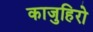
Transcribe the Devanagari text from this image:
काजुहिरो